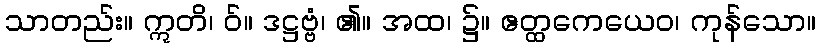
သာတည်း။ ဣတိ၊ ဝ်။ ဒဋ္ဌဗ္ဗံ၊ ၏။ အထ၊ ၌။ ဧတ္ထကေယေဝ၊ ကုန်သော။